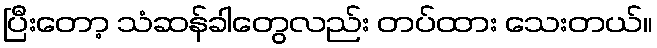
ပြီးတော့ သံဆန်ခါတွေလည်း တပ်ထား သေးတယ်။